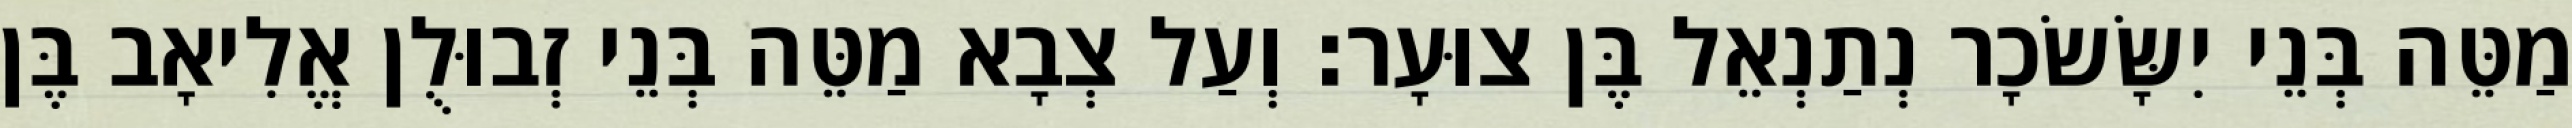
מַטֵּה בְּנֵי יִשָּׂשׂכָר נְתַנְאֵל בֶּן צוּעָר׃ וְעַל צְבָא מַטֵּה בְּנֵי זְבוּלֻן אֱלִיאָב בֶּן